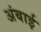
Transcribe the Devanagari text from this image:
अंबाई